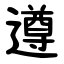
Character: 遵